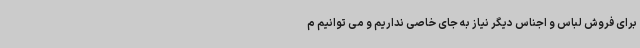
برای فروش لباس و اجناس دیگر نیاز به جای خاصی نداریم و می توانیم م